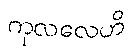
ကုလလေဟိ